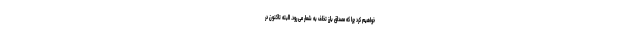
خواهیم کرد چرا که مصداق بارز تخلف به شمار می رود. البته تاکنون در